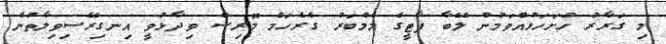
މި ގަރާރު ހުށަހަޅުއްވަމުން ލޭބާ ޕާޓީގެ މެމްބަރު ގްރެހަމް މޮރިސް ވިދާޅުވީ އިނގިރޭސިވިލާތުން